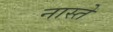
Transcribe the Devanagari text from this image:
नास्‍ते